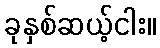
ခုနှစ်ဆယ့်ငါး။